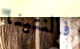
فالنتينا